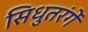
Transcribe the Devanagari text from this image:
सिधुतरंगें